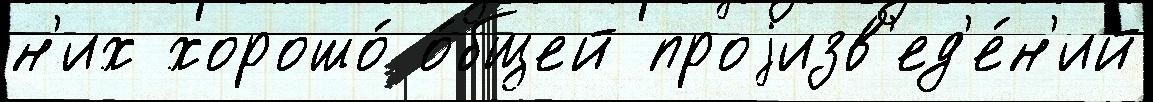
н'их хорошо́ о́бщей проjизв'ед'е́н'ий